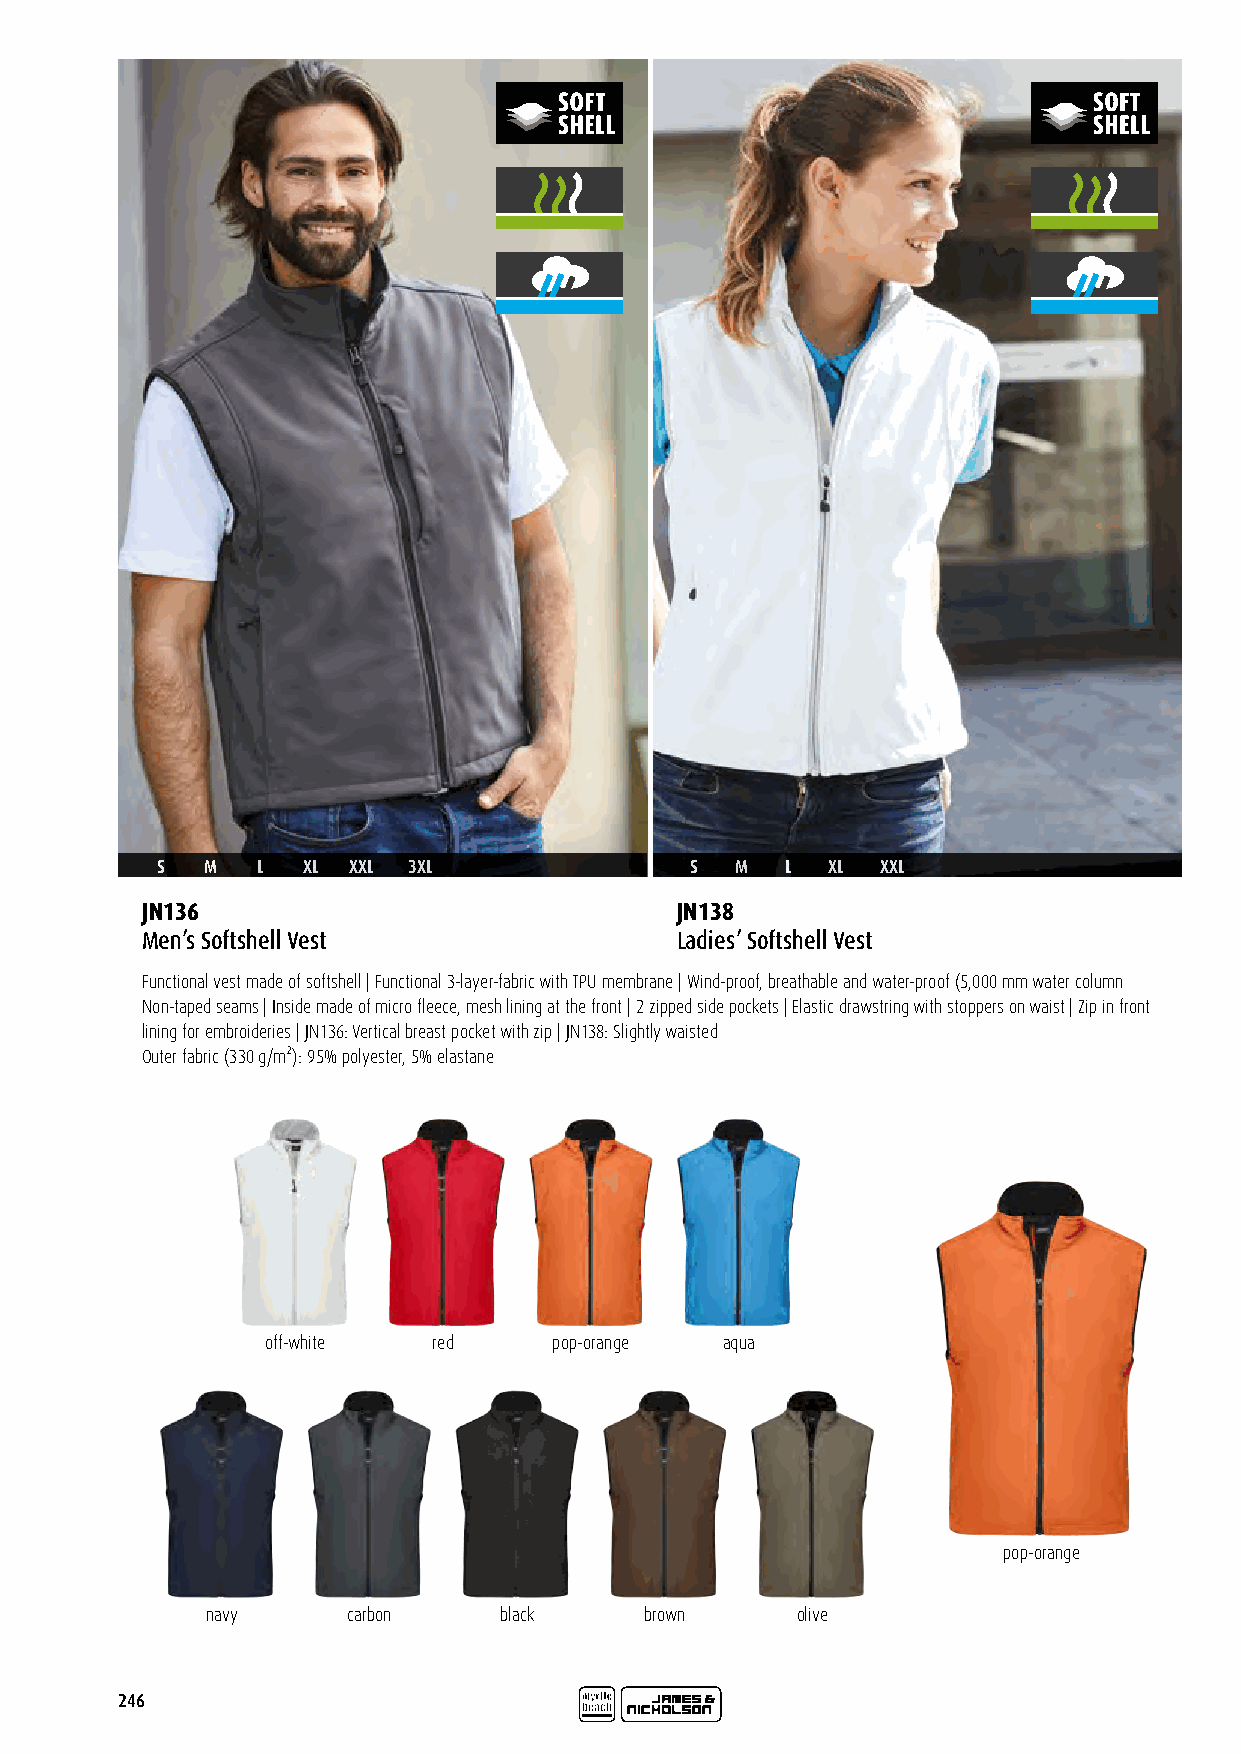
S   M  L  XL XXL 3XL                S  M  L  XL XXL
 JN136                               JN138
 Men’s Softshell Vest                Ladies’ Softshell Vest
 Functional vest made of softshell | Functional 3-layer-fabric with TPU membrane | Wind-proof, breathable and water-proof (5,000 mm water column
 Non-taped seams | Inside made of micro fleece, mesh lining at the front | 2 zipped side pockets | Elastic drawstring with stoppers on waist | Zip in front
 lining for embroideries | JN136: Vertical breast pocket with zip | JN138: Slightly waisted
 Outer fabric (330 g/m²): 95% polyester, 5% elastane
 off-white  red     pop-orange aqua
 pop-orange
 navy     carbon    black     brown     olive
 246